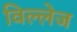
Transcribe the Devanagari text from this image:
विल्लेज